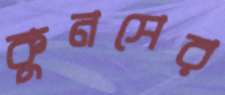
কুনসের